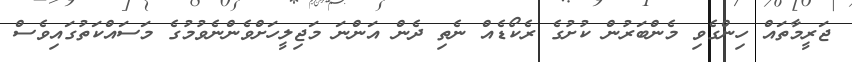
ޖަރީމާތައް ހިންގެވި މެންބަރުން ކުށުގެ ރެކޯޑެއް ނެތި ދެން އަންނަ މަޖިލީހަށްވެންނެވުމުގެ މަސައްކަތުގައިވެސް